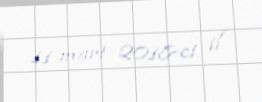
11 mart 2018-ci il